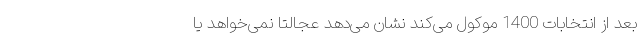
بعد از انتخابات 1400 موکول می‌کند نشان‌ می‌دهد عجالتا نمی‌خواهد یا